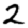
Digit: 2